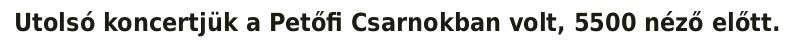
Utolsó koncertjük a Petőfi Csarnokban volt, 5500 néző előtt.